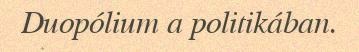
Duopólium a politikában.